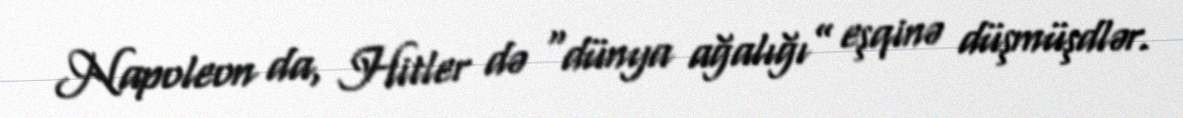
Napoleon da, Hitler də “dünya ağalığı” eşqinə düşmüşdlər.